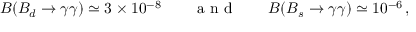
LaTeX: B ( B _ { d } \to \gamma \gamma ) \simeq 3 \times 1 0 ^ { - 8 } \qquad \textrm { a n d } \qquad B ( B _ { s } \to \gamma \gamma ) \simeq 1 0 ^ { - 6 } \, ,